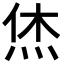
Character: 烋